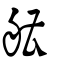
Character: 艚